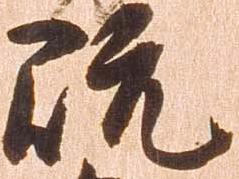
既